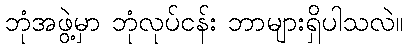
ဘုံအဖွဲ့မှာ ဘုံလုပ်ငန်း ဘာများရှိပါသလဲ။